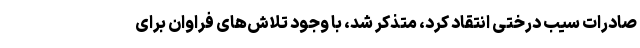
صادرات سیب درختی انتقاد کرد، متذکر شد، با وجود تلاش‌های فراوان برای